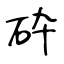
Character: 砕